Annual report of the Punjab Veterinary College and of the Civil Veterinary Department, Punjab - 1926-1932
Year: 1926
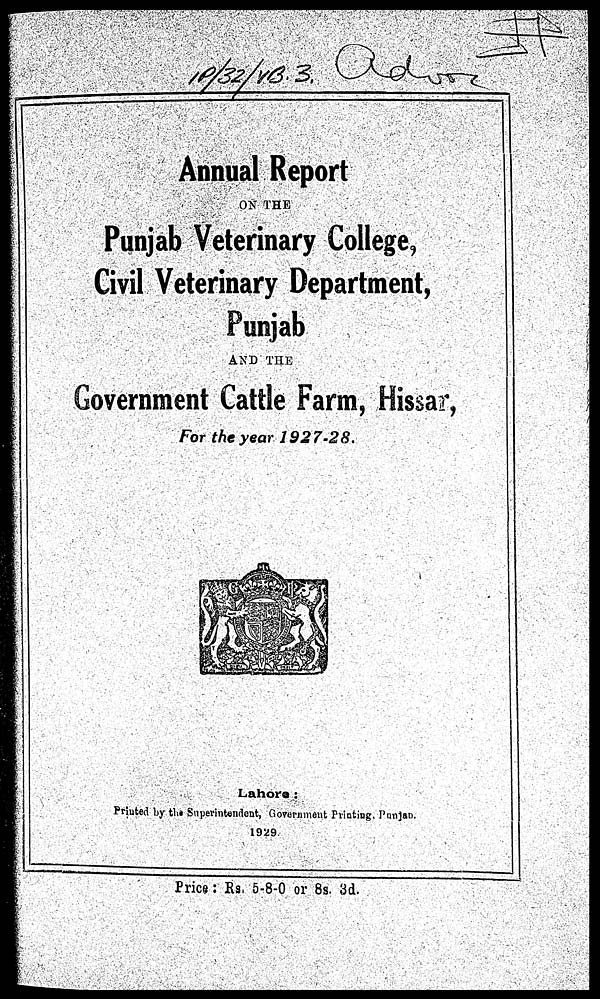
Annual Report
ON THE
Punjab Veterinary College,
Civil Veterinary Department,
Punjab
AND THE
Government Cattle Farm, Hissar,
For the year 1927-28.
Lahore:
Printed by the Superintendent, Government Printing, Punjab.
1929.
Price: Rs. 5-8-0 or 8s. 3d.